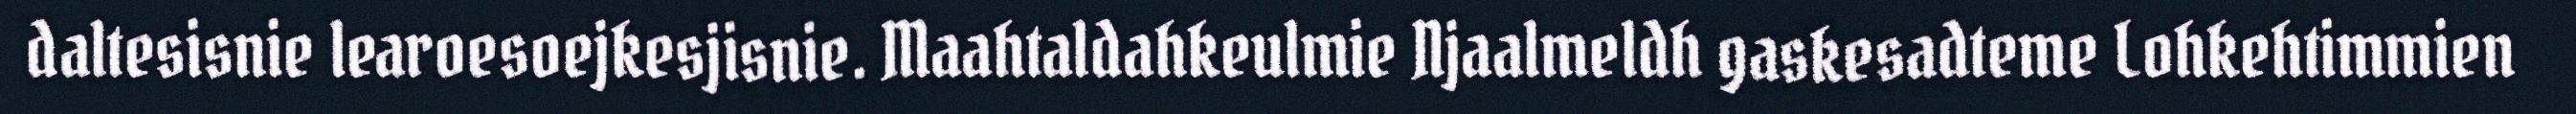
daltesisnie learoesoejkesjisnie. Maahtaldahkeulmie Njaalmeldh gaskesadteme Lohkehtimmien